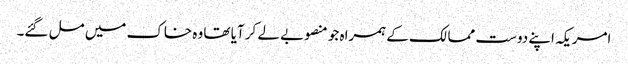
امریکہ اپنے دوست ممالک کے ہمراہ جو منصوبے لے کر آیا تھا وہ خاک میں مل گئے۔